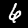
Digit: 6